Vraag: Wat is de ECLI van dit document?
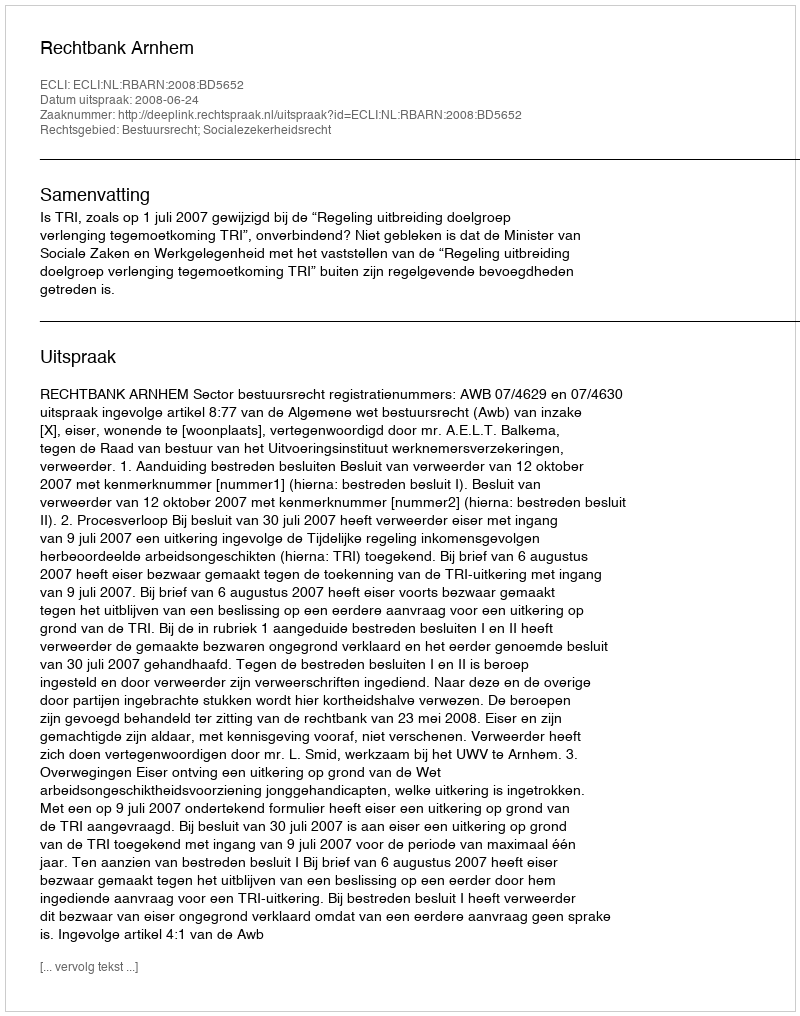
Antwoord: ECLI:NL:RBARN:2008:BD5652